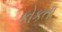
કોકતા